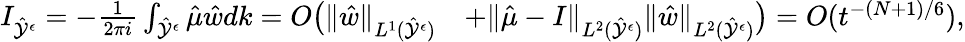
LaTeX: \begin{array}{rl}{I_{\hat{\mathcal{Y}}^{\epsilon}}=-\frac{1}{2\pi i}\int_{\hat{\mathcal{Y}}^{\epsilon}}\hat{\mu}\hat{w}dk=O\big(\| \hat{w}\| _{L^{1}(\hat{\mathcal{Y}}^{\epsilon})}}&{+\| \hat{\mu}-I\| _{L^{2}(\hat{\mathcal{Y}}^{\epsilon})}\| \hat{w}\| _{L^{2}(\hat{\mathcal{Y}}^{\epsilon})}\big)=O(t^{-(N+1)/6}),}\end{array}